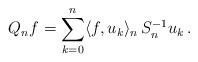
LaTeX: \begin{align*}Q_nf =\sum_{k=0}^n \langle f,u_k\rangle_n \, S_n^{-1}u_k \, .\end{align*}